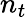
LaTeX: n_{t}